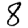
Digit: 8